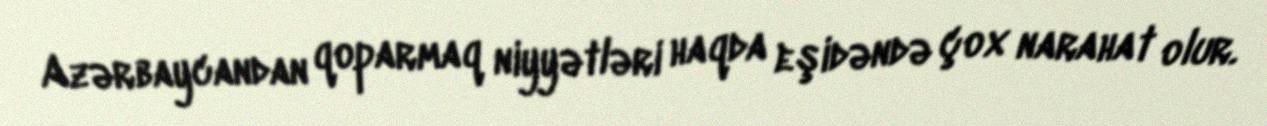
Azərbaycandan qoparmaq niyyətləri haqda eşidəndə çox narahat olur.